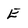
Character: E